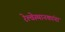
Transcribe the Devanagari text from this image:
रेल्वेस्थानकांना